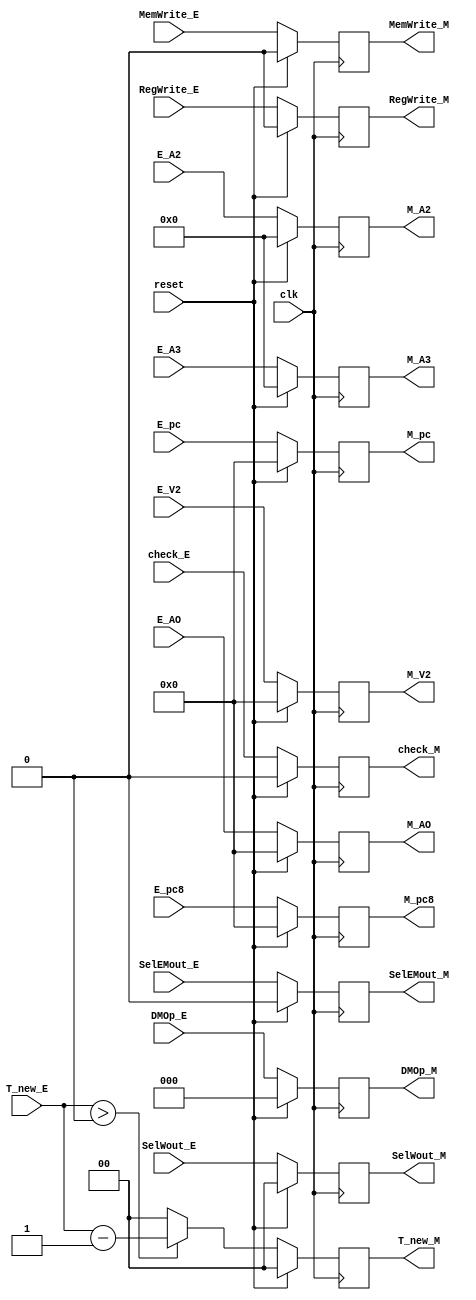
`timescale 1ns / 1ps
//////////////////////////////////////////////////////////////////////////////////
// Company: 
// Engineer: 
// 
// Design Name: 
// Module Name:    regM 
// Project Name: 
// Target Devices: 
// Tool versions: 
// Description: 
//
// Dependencies: 
//
// Revision: 
// Revision 0.01 - File Created
// Additional Comments: 
//
//////////////////////////////////////////////////////////////////////////////////
module regM(
input clk,
input reset,

input [31:0] E_AO,
input [31:0] E_V2,
input [4:0] E_A2,
input [4:0] E_A3,
input check_E,
input [31:0] E_pc,
input [31:0] E_pc8,
input [1:0] T_new_E,
input RegWrite_E,
input MemWrite_E,
input SelEMout_E,
input [1:0] SelWout_E,
input [2:0] DMOp_E,

output [31:0] M_AO,
output [31:0] M_V2,
output [4:0] M_A2,
output [4:0] M_A3,
output check_M,
output [31:0] M_pc,
output [31:0] M_pc8,
output [1:0] T_new_M,
output RegWrite_M,
output MemWrite_M,
output SelEMout_M,
output [1:0] SelWout_M,
output [2:0] DMOp_M
    );
reg [31:0] AO;
reg [31:0] V2;
reg [4:0] A2;
reg [4:0] A3;
reg [31:0] pc;
reg [31:0] pc8;
reg [1:0] T_new;
reg RegWrite;
reg MemWrite;
reg SelEMout;
reg [1:0] SelWout;
reg [2:0] DMOp;
reg check;
always@(posedge clk) begin
	if(reset)begin
	AO <= 32'b0;
	V2 <= 32'b0;
	A2 <= 5'b0;
	A3 <= 5'b0;
	pc <= 32'b0;
	pc8 <= 32'b0;
	T_new <= 2'b0;
	RegWrite <= 1'b0;
	MemWrite <= 1'b0;
	SelEMout <= 1'b0;
	SelWout <= 2'b0;
	DMOp <= 3'b0;
	check <= 1'b0;
	end
	else begin
	AO <= E_AO;
	V2 <= E_V2;
	A2 <= E_A2;
	A3 <= E_A3;
	check <= check_E;
	pc <= E_pc;
	pc8 <= E_pc8;
	T_new <= (T_new_E > 2'b00) ? (T_new_E - 1'b1) : 2'b00;
	RegWrite <= RegWrite_E;
	MemWrite <= MemWrite_E;
	SelEMout <= SelEMout_E;
	SelWout <= SelWout_E;
	DMOp <= DMOp_E;
	end
end

assign M_AO = AO;
assign M_V2 = V2;
assign M_A2 = A2;
assign M_A3 = A3;
assign check_M = check;
assign M_pc = pc;
assign M_pc8 = pc8;
assign T_new_M = T_new;
assign RegWrite_M = RegWrite;
assign MemWrite_M = MemWrite;
assign SelEMout_M = SelEMout;
assign SelWout_M = SelWout;
assign DMOp_M = DMOp;
endmodule